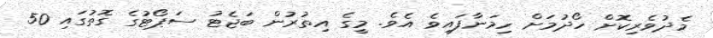
މެދުވެރިކޮށް ހޯދުމަށް ހިމަނާފައިވެ އެވެ. މީގެ އިތުރުން ބަޖެޓު ސަޕޯޓުގެ ގޮތުގައި 50